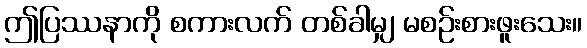
ဤပြဿနာကို စကားလက် တစ်ခါမျှ မစဉ်းစားဖူးသေး။